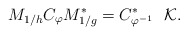
\begin{align*}M_{1/h}C_{\varphi}M^{*}_{1/g} = C_{\varphi^{-1}}^{*} \ \ \mathcal{K}.\end{align*}